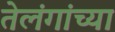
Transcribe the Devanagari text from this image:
तेलंगांच्या